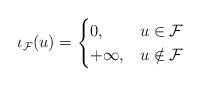
LaTeX: \begin{align*}\iota_{\mathcal{F}}(u) = \begin{cases}0, & u \in \mathcal{F} \\ +\infty, & u\notin \mathcal{F} \end{cases}\end{align*}